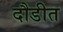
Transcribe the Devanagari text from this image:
दौडीत